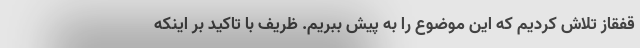
قفقاز تلاش کردیم که این موضوع را به پیش ببریم. ظریف با تاکید بر اینکه